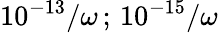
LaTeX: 10^{-13}/\omega\, ;\, 10^{-15}/\omega